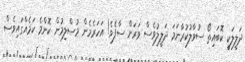
ދަލީލަކީ ކޮބައިތޯ ސުވާލުކުރާނަމަ ދަލީލުވެސް ވަރަށް ސާފެވެ! އަހަރެމެން މުސްލިމުން ކޮންމެ ކަމެއްގައިވެސް